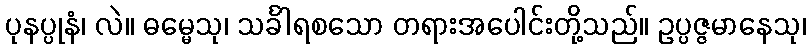
ပုနပ္ပုနံ၊ လဲ။ ဓမ္မေသု၊ သင်္ခါရစသော တရားအပေါင်းတို့သည်။ ဥပ္ပဇ္ဇမာနေသု၊